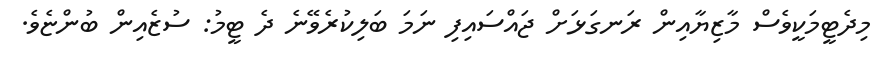
މިދެޓީމަކީވެސް މާޒިޔާއިން ރަނގަޅަށް ޖައްސައިފި ނަމަ ބަލިކުރެވޭނެ ދެ ޓީމު: ސުޒެއިން ބުންޏެވެ.